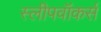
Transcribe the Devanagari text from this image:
स्लीपवॉकर्स